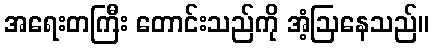
အရေးတကြီး တောင်းသည်ကို အံ့ဩနေသည်။